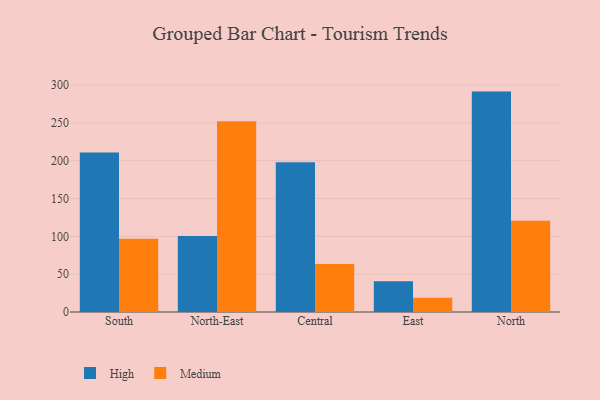
{"axis": {"x": "Region", "y": "Energy Usage (MWh)"}, "legend": ["High", "Medium"], "data": [{"x": "South", "y": 211.0, "type": "High"}, {"x": "South", "y": 96.8, "type": "Medium"}, {"x": "North-East", "y": 100.6, "type": "High"}, {"x": "North-East", "y": 252.1, "type": "Medium"}, {"x": "Central", "y": 198.1, "type": "High"}, {"x": "Central", "y": 63.5, "type": "Medium"}, {"x": "East", "y": 40.8, "type": "High"}, {"x": "East", "y": 18.8, "type": "Medium"}, {"x": "North", "y": 291.4, "type": "High"}, {"x": "North", "y": 120.5, "type": "Medium"}]}